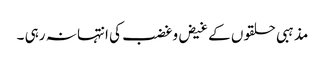
مذہبی حلقوں کے غیض وغضب کی انتہا نہ رہی ۔